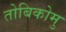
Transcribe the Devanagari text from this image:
तोबिकोमु